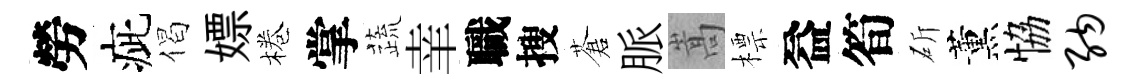
勞疵偈嫖棬掌蔬𦍒職搜蒼脈嵩標益筍斫薰恊纳